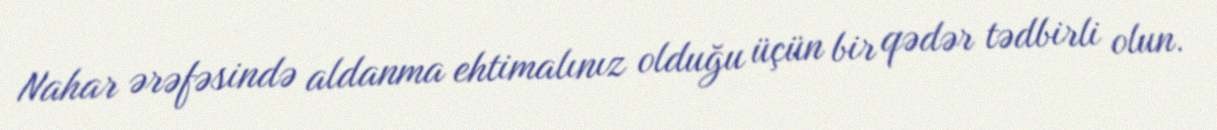
Nahar ərəfəsində aldanma ehtimalınız olduğu üçün bir qədər tədbirli olun.